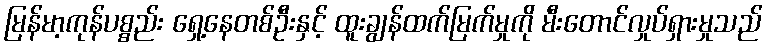
မြန်မာ့ကုန်ပစ္စည်း ရှေ့နေတစ်ဦးနှင့် ထူးချွန်ထက်မြက်မှုကို မီးတောင်လှုပ်ရှားမှုသည်